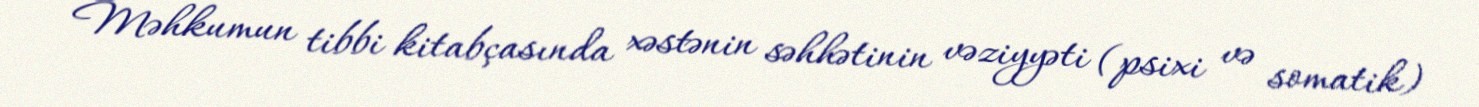
Məhkumun tibbi kitabçasında xəstənin səhhətinin vəziyyəti (psixi və somatik)